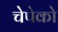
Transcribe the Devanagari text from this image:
चेपेको